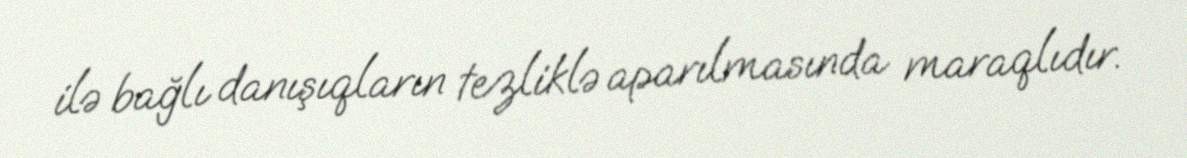
ilə bağlı danışıqların tezliklə aparılmasında maraqlıdır.